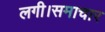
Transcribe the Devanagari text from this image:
लगी।समाचार